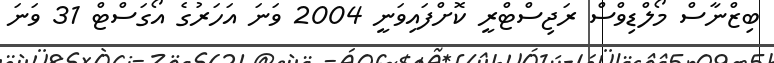
ބިޒްނާސް މޯލްޑިވްސް ރަޖިސްޓްރީ ކޮށްފައިވަނީ 2004 ވަނަ އަހަރުގެ އޯގަސްޓް 31 ވަނަ